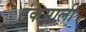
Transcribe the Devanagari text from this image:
टंकसाली